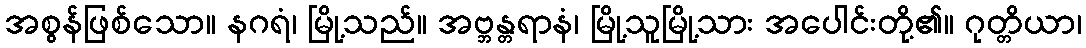
အစွန်ဖြစ်သော။ နဂရံ၊ မြို့သည်။ အဗ္ဘန္တရာနံ၊ မြို့သူမြို့သား အပေါင်းတို့၏။ ဂုတ္တိယာ၊